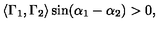
\langle \Gamma _ { 1 } , \Gamma _ { 2 } \rangle \sin ( \alpha _ { 1 } - \alpha _ { 2 } ) > 0 ,